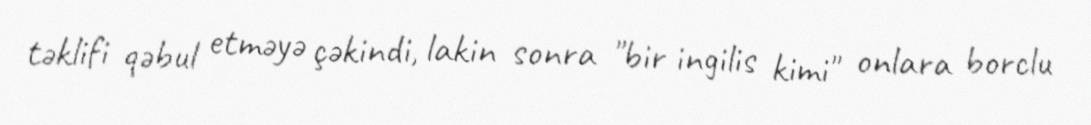
təklifi qəbul etməyə çəkindi, lakin sonra "bir ingilis kimi" onlara borclu